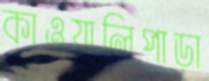
কাওয়ালিপাড়া